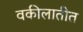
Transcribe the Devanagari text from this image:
वकीलातीत